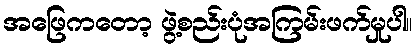
အဖြေကတော့ ဖွဲ့စည်းပုံအကြမ်းဖက်မှုပါ။